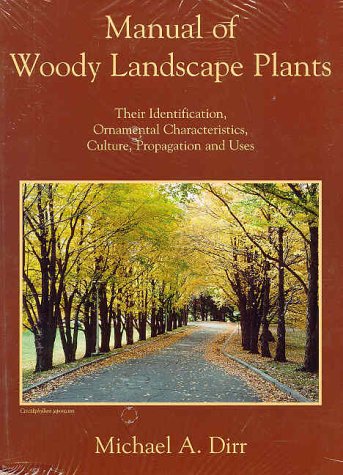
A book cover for Manual of Woody Landscape Plants: Their Identification, Ornamental Characteristics, Culture, Propagation and Uses; Michael A. Dirr; Crafts, Hobbies & Home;